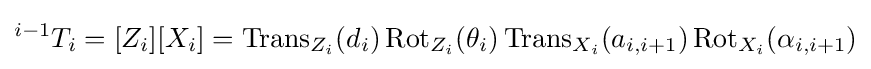
{}^{i-1}T_{i}=[Z_{i}][X_{i}]=\operatorname {Trans} _{Z_{i}}(d_{i})\operatorname {Rot} _{Z_{i}}(\theta _{i})\operatorname {Trans} _{X_{i}}(a_{i,i+1})\operatorname {Rot} _{X_{i}}(\alpha _{i,i+1})